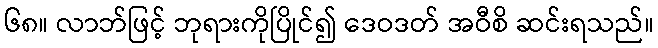
၆၈။ လာဘ်ဖြင့် ဘုရားကိုပြိုင်၍ ဒေဝဒတ် အဝီစိ ဆင်းရသည်။